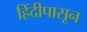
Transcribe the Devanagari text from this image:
हिंदीपासून